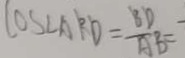
\cos \angle A B D = \frac { B D } { A B }